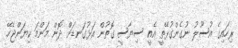
ރިހައިގެ އުސޫލު ނުގެންގުޅޭތީ އެއީ ސިޔާސީ ގޮތުން އަޅުގަނޑަށް ދޮން މަންމަ ކިޔަންޖެހޭ